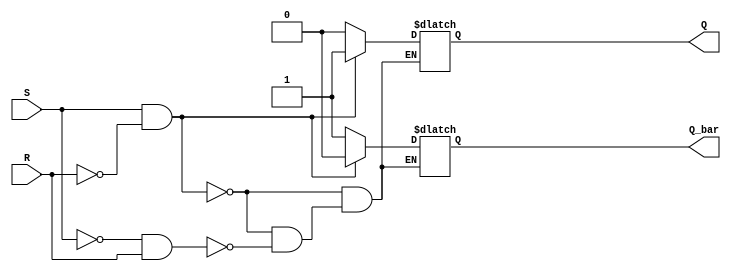
module SR_latch (
    input S, 
    input R, 
    output reg Q, 
    output reg Q_bar
);

always @ (S, R) begin
    if (S && !R) begin
        Q = 1;
        Q_bar = 0;
    end
    else if (!S && R) begin
        Q = 0;
        Q_bar = 1;
    end
    else begin
        Q = Q;
        Q_bar = Q_bar;
    end
end

endmodule